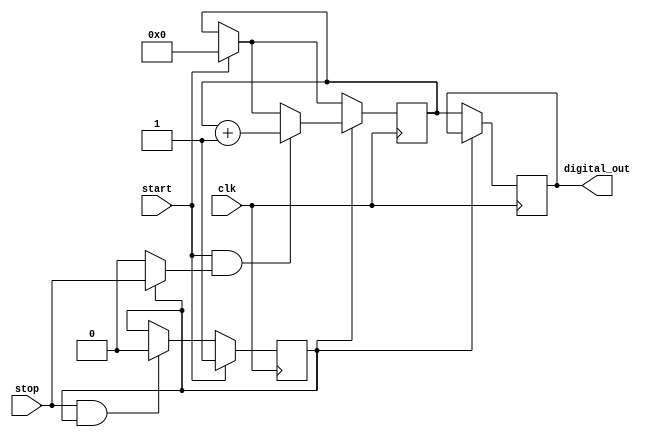
module TDC_Vernier (
    input wire clk,                // System clock
    input wire start,              // Start signal
    input wire stop,               // Stop signal
    output reg [N-1:0] digital_out // Digital output representing time interval
);

parameter N = 10;                  // Bit width for digital output
parameter DELAY_STAGES_REF = 16;  // Number of stages in reference delay line
parameter DELAY_STAGES_MEAS = 8;  // Number of stages in measuring delay line

reg [N-1:0] counter;               // Counter for delay stages
reg measuring;                     // Flag to indicate if measuring is active
reg [DELAY_STAGES_REF-1:0] ref_delay_line; // Reference delay line outputs
reg [DELAY_STAGES_MEAS-1:0] meas_delay_line; // Measuring delay line outputs

// Generate reference delay line (fixed delay)
generate
    genvar i;
    for (i = 0; i < DELAY_STAGES_REF; i = i + 1) begin : ref_delay
        assign ref_delay_line[i] = (i == 0) ? start : ref_delay_line[i-1];
    end
endgenerate

// Generate measuring delay line (variable delay)
generate
    genvar j;
    for (j = 0; j < DELAY_STAGES_MEAS; j = j + 1) begin : meas_delay
        assign meas_delay_line[j] = (j == 0) ? (measuring ? stop : 1'b0) : meas_delay_line[j-1];
    end
endgenerate

// Control logic for measuring
always @(posedge clk) begin
    if (start) begin
        measuring <= 1'b1;         // Start measurement
        counter <= 0;              // Reset counter
    end else if (stop && measuring) begin
        measuring <= 1'b0;         // Stop measurement
    end
    
    // Count number of delay stages traversed during measurement
    if (measuring) begin
        if (ref_delay_line[DELAY_STAGES_REF-1] && meas_delay_line[DELAY_STAGES_MEAS-1]) begin
            counter <= counter + 1; // Increment counter if both signals are high
        end
    end
end

// Output the counter value as digital output
always @(posedge clk) begin
    if (!measuring) begin
        digital_out <= counter;    // Latch counter value on stop
    end
end

endmodule